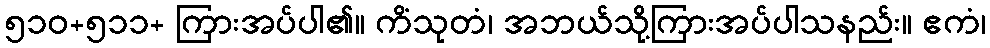
၅၁၀+၅၁၁+ ကြားအပ်ပါ၏။ ကိံသုတံ၊ အဘယ်သို့ကြားအပ်ပါသနည်း။ ဧကံ၊